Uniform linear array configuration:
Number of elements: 8
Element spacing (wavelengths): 0.5
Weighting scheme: hann
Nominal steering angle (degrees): -45
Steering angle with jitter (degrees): -45.732
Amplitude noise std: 0.05
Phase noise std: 0.05

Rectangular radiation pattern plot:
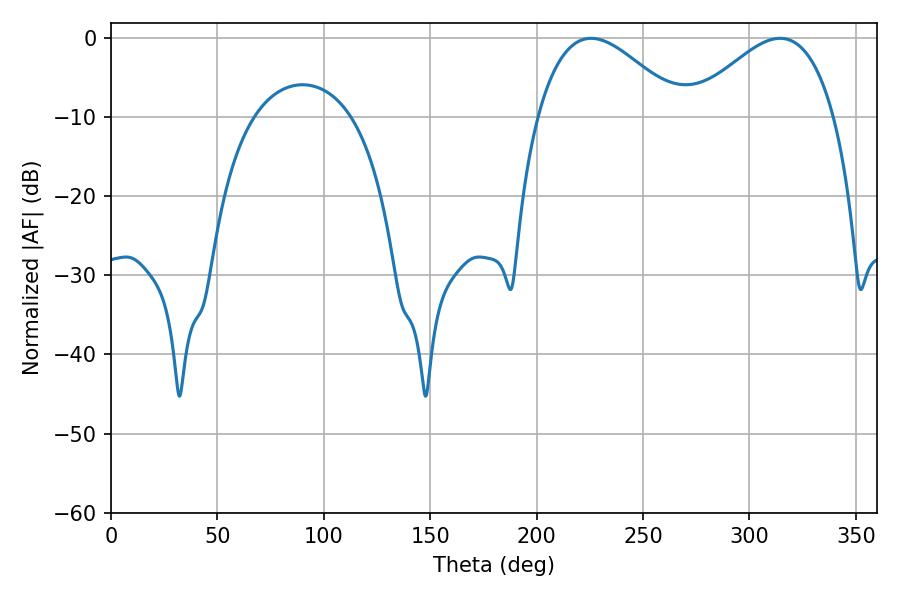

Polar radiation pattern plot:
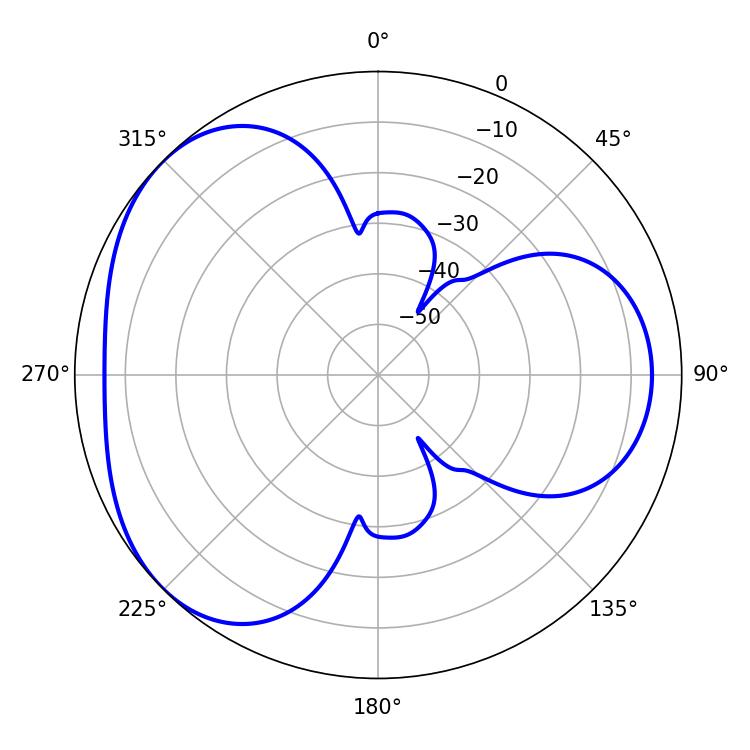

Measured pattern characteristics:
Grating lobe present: FALSE
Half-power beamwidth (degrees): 36.54
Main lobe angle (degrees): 225.54